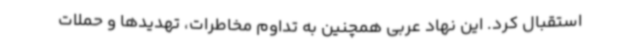
استقبال کرد. این نهاد عربی همچنین به تداوم مخاطرات، تهدیدها و حملات